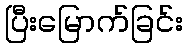
ပြီးမြောက်ခြင်း